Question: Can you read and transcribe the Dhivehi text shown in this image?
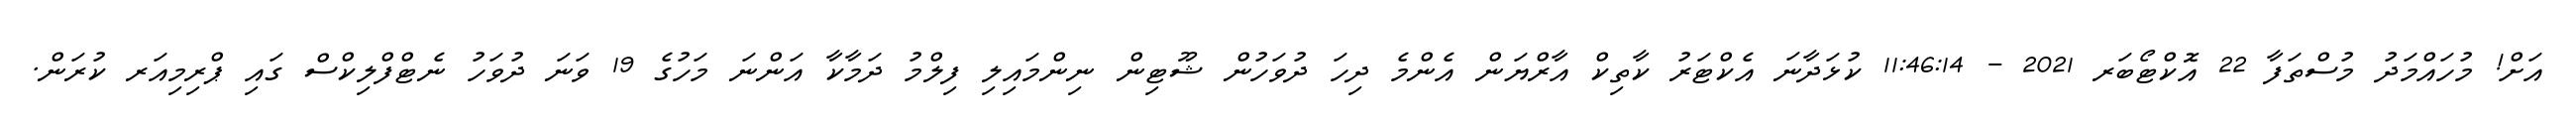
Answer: އަށް! މުހައްމަދު މުސްތަފާ 22 އޮކްޓޯބަރ 2021 - 11:46:14 ކުޅަދާނަ އެކްޓަރު ކާތިކް އާރްޔަން އެންމެ ދިހަ ދުވަހުން ޝޫޓިން ނިންމައިލި ފިލްމު ދަމާކާ އަންނަ މަހުގެ 19 ވަނަ ދުވަހު ނެޓްފްލިކްސް ގައި ޕްރިމިއަރ ކުރަން.